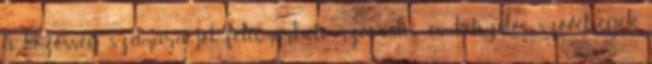
a közösség számára jól felismerhető szexuális és kétszülős szövetségek